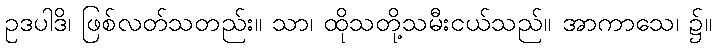
ဥဒပါဒိ၊ ဖြစ်လတ်သတည်း။ သာ၊ ထိုသတို့သမီးငယ်သည်။ အာကာသေ၊ ၌။